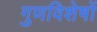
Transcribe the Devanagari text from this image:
गुणविशेषों